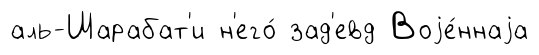
аль-Шарабат'и н'его́ зад'евд Воjе́ннаjа